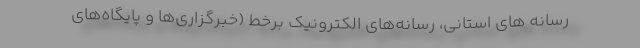
رسانه های استانی، رسانه‌های الکترونیک برخط (خبرگزاری‌ها و پایگاه‌های